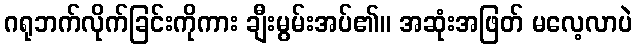
ဂရုဘက်လိုက်ခြင်းကိုကား ချီးမွမ်းအပ်၏။ အဆုံးအဖြတ် မလေ့လာပဲ